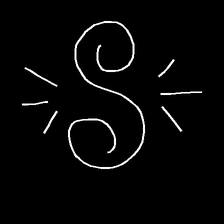
Glyph: wind-directs-air